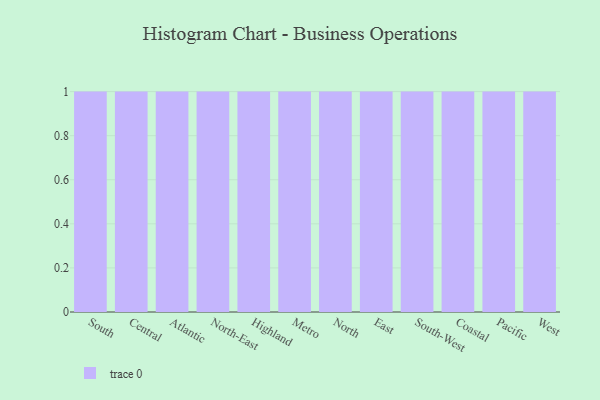
{"axis": {"x": "Region", "y": "Satisfaction Score"}, "legend": [""], "data": [{"x": "South", "y": 42, "type": ""}, {"x": "Central", "y": 63, "type": ""}, {"x": "Atlantic", "y": 45, "type": ""}, {"x": "North-East", "y": 50, "type": ""}, {"x": "Highland", "y": 40, "type": ""}, {"x": "Metro", "y": 37, "type": ""}, {"x": "North", "y": 72, "type": ""}, {"x": "East", "y": 45, "type": ""}, {"x": "South-West", "y": 84, "type": ""}, {"x": "Coastal", "y": 5, "type": ""}, {"x": "Pacific", "y": 2, "type": ""}, {"x": "West", "y": 14, "type": ""}]}